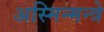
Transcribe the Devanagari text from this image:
अस्मिन्मन्त्रे